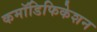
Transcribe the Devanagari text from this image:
कमॉडिफिकेशन